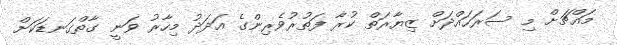
މައްޗަށް މި ސަރަހައްދަށް ޒިޔާރަތް ކުރާ ފަތުރުވެރިންގެ އަދަދު މިހާރު ވަނީ ގާތްގަނޑަކަށް